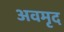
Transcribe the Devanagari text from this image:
अवमृद